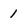
Character: 1